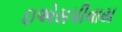
ઇએસપીવાય